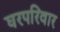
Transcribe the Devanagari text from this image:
घरपरिवार